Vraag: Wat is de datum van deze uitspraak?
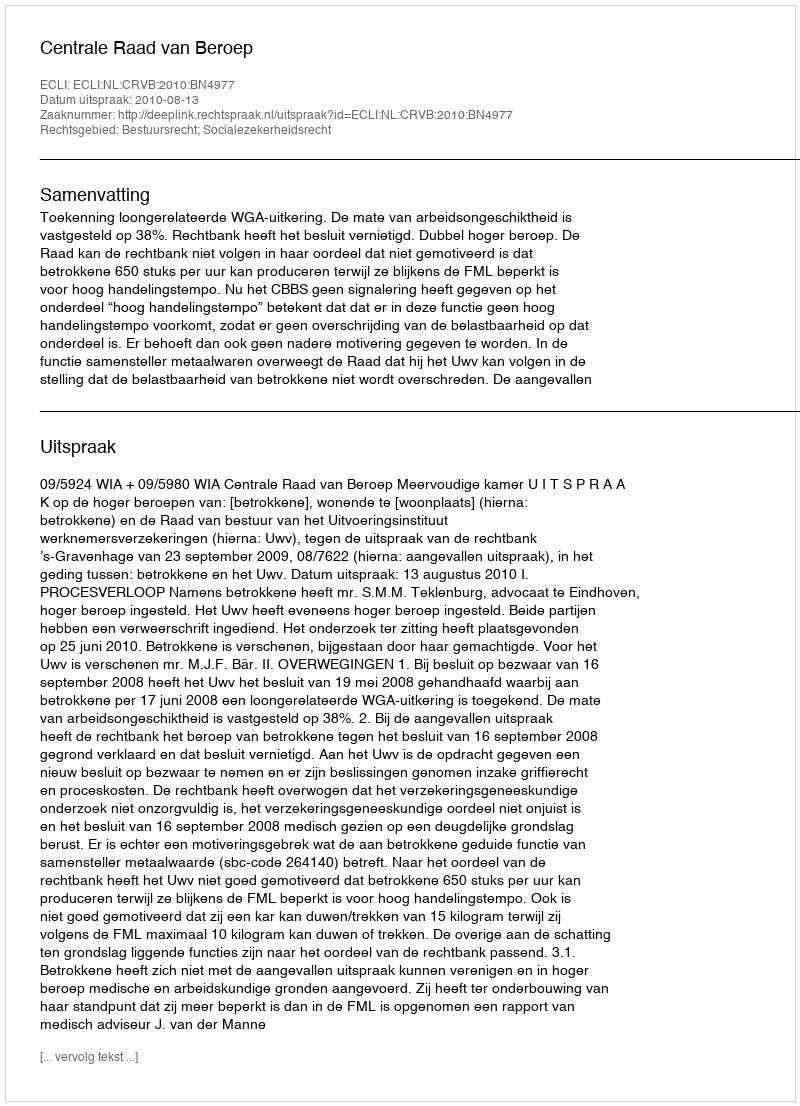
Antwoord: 2010-08-13